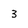
Character: 3